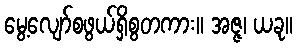
မွေ့လျော်စဖွယ်ရှိစွတကား။ အဇ္ဇ၊ ယခု။